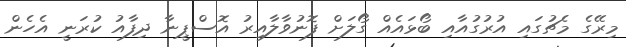
މިރޭގެ މެޗުގައި އުރުގުއާއި ބޯޅައެއް ގޯލަށް ފޮނުވާލާއިރު އޮސްޕީނާ ދިފާއު ކުރަނީ އެހެން